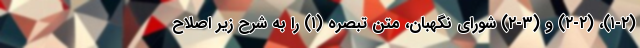
(۱-۲)، (۲-۲) و (۳-۲) شورای نگهبان، متن تبصره (۱) را به شرح زیر اصلاح